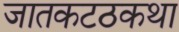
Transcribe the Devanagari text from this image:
जातकटठकथा